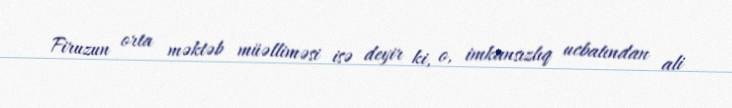
Firuzun orta məktəb müəlliməsi isə deyir ki, o, imkansızlıq ucbatından ali